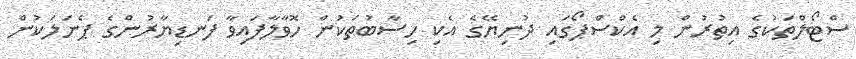
ސްޓޯލްތަކުގެ އިތުރުން މި އެކްސްޕޯގައި ދުނިޔޭގެ އެކި ހިސާބުތަކުން ހޮވާލާފައިވާ ފަނޑިޔާރުންގެ ޕެނަލަކުން